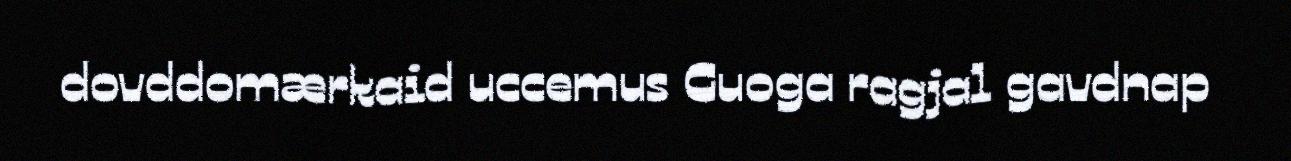
dovddomærkaid uccemus Guoga ragjal gavdnap